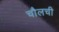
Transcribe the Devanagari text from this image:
चौलची